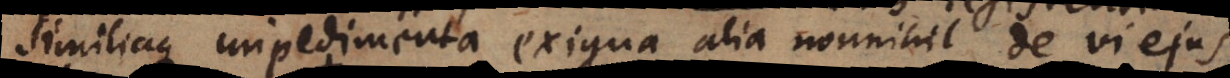
similiaque impedimenta exigua alia nonnihil de vi ejus